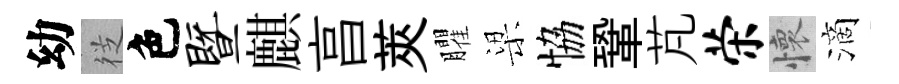
幼徔色暨麒亯莢臞梁恊鞏芃荣懷滴